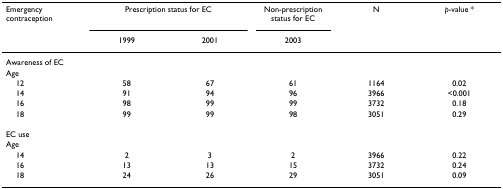
<table><thead><tr><td><b>Emergency contraception</b></td><td colspan="2"><b>Prescription status for EC</b></td><td><b>Non-prescription status for EC</b></td><td><b>N</b></td><td><b><i>p</i>-value *</b></td></tr><tr><td></td><td><b>1999</b></td><td><b>2001</b></td><td><b>2003</b></td><td></td><td></td></tr></thead><tbody><tr><td colspan="6">Awareness of EC</td></tr><tr><td colspan="6">Age</td></tr><tr><td> 12</td><td>58</td><td>67</td><td>61</td><td>1164</td><td>0.02</td></tr><tr><td> 14</td><td>91</td><td>94</td><td>96</td><td>3966</td><td>&lt;0.001</td></tr><tr><td> 16</td><td>98</td><td>99</td><td>99</td><td>3732</td><td>0.18</td></tr><tr><td> 18</td><td>99</td><td>99</td><td>98</td><td>3051</td><td>0.29</td></tr><tr><td colspan="6">EC use</td></tr><tr><td colspan="6">Age</td></tr><tr><td> 14</td><td>2</td><td>3</td><td>2</td><td>3966</td><td>0.22</td></tr><tr><td> 16</td><td>13</td><td>13</td><td>15</td><td>3732</td><td>0.24</td></tr><tr><td> 18</td><td>24</td><td>26</td><td>29</td><td>3051</td><td>0.09</td></tr></tbody></table>